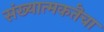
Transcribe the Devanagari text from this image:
संख्यात्मकतॆचा